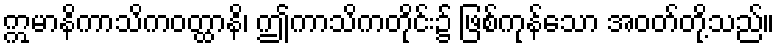
ဣမာနိကာသိကဝတ္ထာနိ၊ ဤကာသိကတိုင်း၌ ဖြစ်ကုန်သော အဝတ်တို့သည်။